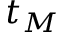
t _ { M }